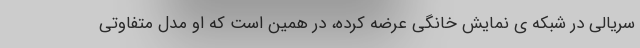
سریالی در شبکه ی نمایش خانگی عرضه کرده، در همین است که او مدل متفاوتی